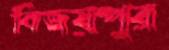
বিজয়পুর